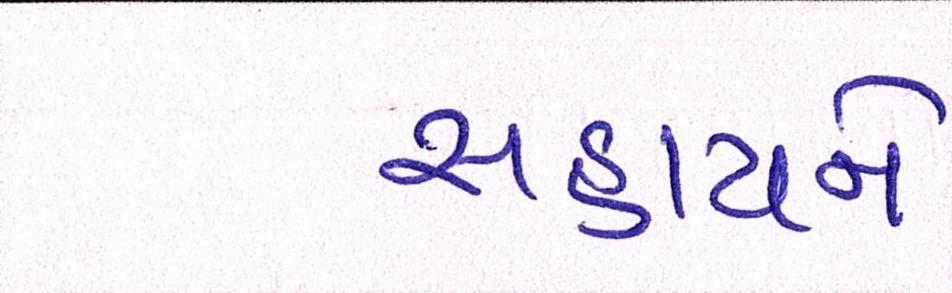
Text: સહાયને